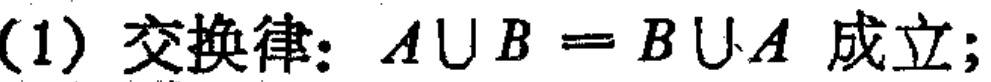
(1) 交换律：$A\cup B = B\cup A$ 成立;